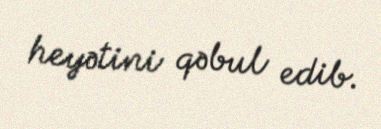
heyətini qəbul edib.